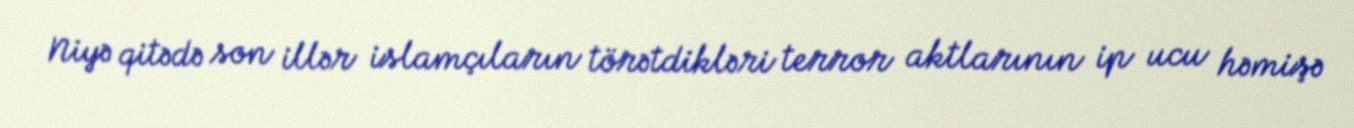
Niyə qitədə son illər islamçıların törətdikləri terror aktlarının ip ucu həmişə